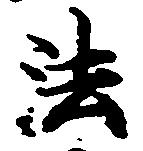
法